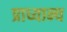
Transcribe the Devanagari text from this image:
प्राध्यान्य